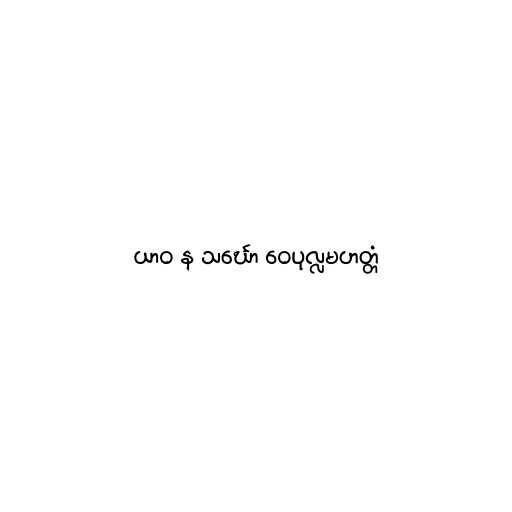
ယာဝ န သင်္ဃော ဝေပုလ္လမဟတ္တံ